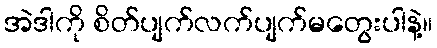
အဲဒါကို စိတ်ပျက်လက်ပျက်မတွေးပါနဲ့။